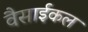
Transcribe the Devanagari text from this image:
वैसाईकल